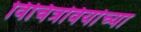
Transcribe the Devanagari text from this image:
विचित्रविर्याच्या